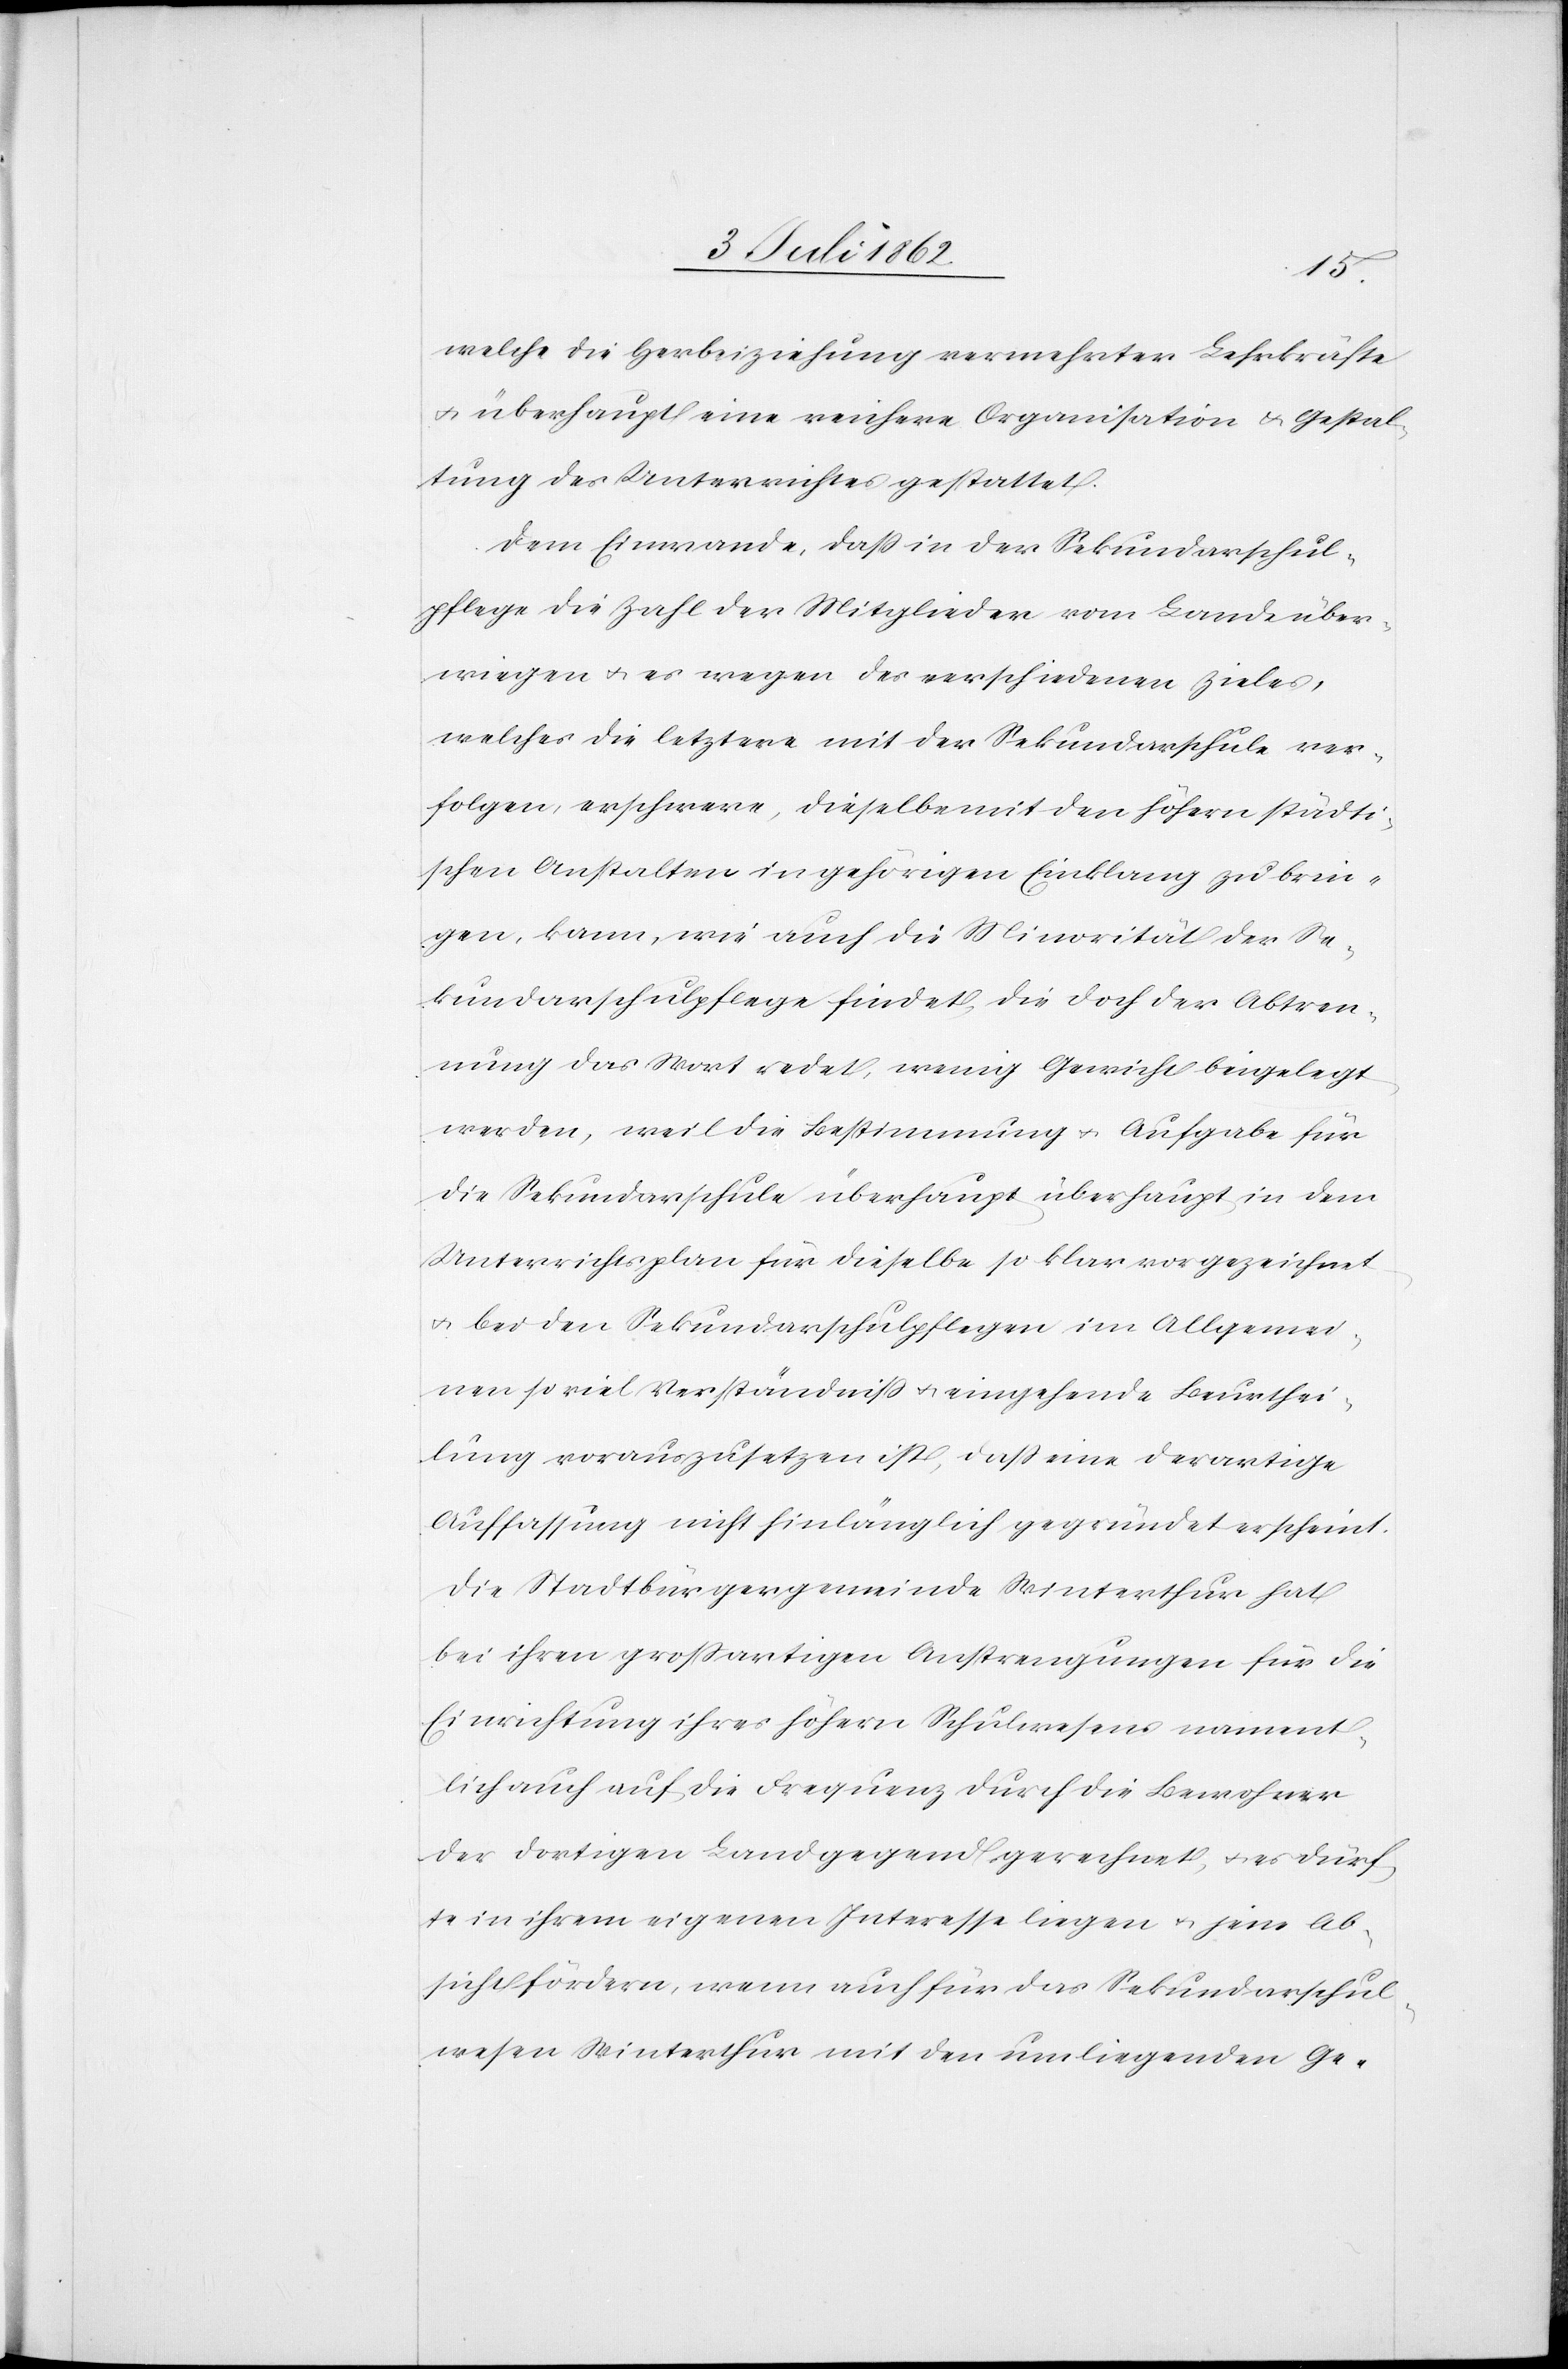
welche die Herbeiziehung vermehrter Lehrkräfte
u. überhaupt eine weichere Organisation u. Gestal¬
tung des Unterrichtes gestattet.
Dem Einwande, daß in der Sekundarschul¬
pflege die Zahl der Mitglieder vom Lande über¬
wiegen u. es wegen des verschiedenen Zieles,
welches die letztere mit der Sekundarschule ver¬
folgen, erschwere, dieselbe mit den höhern städti¬
schen Anstalten in gehörigen Einklang zu brin¬
gen, kann, wie auch die Minorität der Se¬
kundarschulpflege findet, die doch der Abtren¬
nung das Wort redet, wenig Gewicht beigelegt
werden, weil die Bestimmung u. Aufgabe für
die Sekundarschule überhaupt überhaupt [sic!] in
Unterrichtsplan für dieselbe so klar vorgezeichnet
u. bei den Sekundarschulpflegen im Allgemei¬
nen so viel Verständniß u. eingehende Beurthei¬
lung vorauszusetzen ist, daß eine derartige
Auffassung nicht hinlänglich gegründet erscheint.
Die Stadtbürgergemeinde Winterthur hat
bei ihren großartigen Anstrengungen für die
Einrichtung ihres höhern Schulwesens nament¬
lich auch auf die Frequenz durch die Bewohner
der dortigen Landgegend gerechnet, u. es dürf¬
te in ihrem eigenen Interesse liegen u. jene Ab¬
sicht fördern, wenn auch für daß Sekundarschul¬
wesen Winterthur mit den umliegenden Ge-